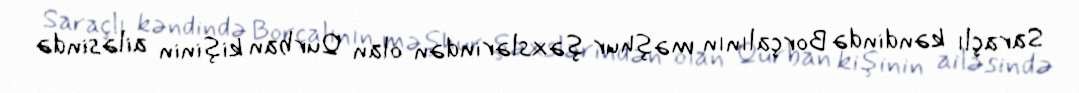
Saraçlı kəndində Borçalının məşhur şəxslərindən olan Qurban kişinin ailəsində